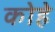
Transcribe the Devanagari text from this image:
कोहे